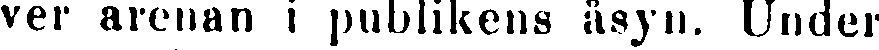
ver arenan i publikens åsyn. Under